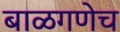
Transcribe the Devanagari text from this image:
बाळगणेच